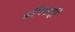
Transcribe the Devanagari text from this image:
अभियांत्रि